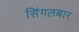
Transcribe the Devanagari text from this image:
सिंगलबार